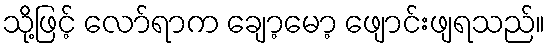
သို့ဖြင့် လော်ရာက ချော့မော့ ဖျောင်းဖျရသည်။